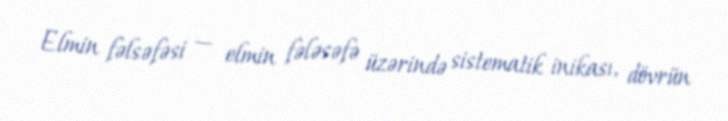
Elmin fəlsəfəsi — elmin fələsəfə üzərində sistematik inikası, dövrün